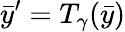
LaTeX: \bar{y}^{\prime}=T_{\gamma}(\bar{y})